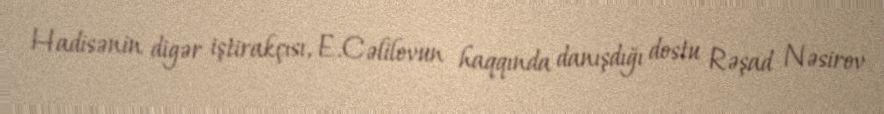
Hadisənin digər iştirakçısı, E.Cəlilovun haqqında danışdığı dostu Rəşad Nəsirov